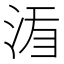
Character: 𣵍